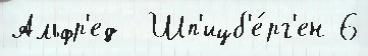
Альфр'ед  Шп'ицб'е́рг'ен 6